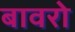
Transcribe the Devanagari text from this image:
बावरो